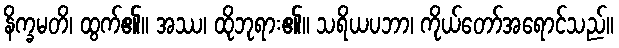
နိက္ခမတိ၊ ထွက်၏။ အဿ၊ ထိုဘုရား၏။ သရိယပဘာ၊ ကိုယ်တော်အရောင်သည်။